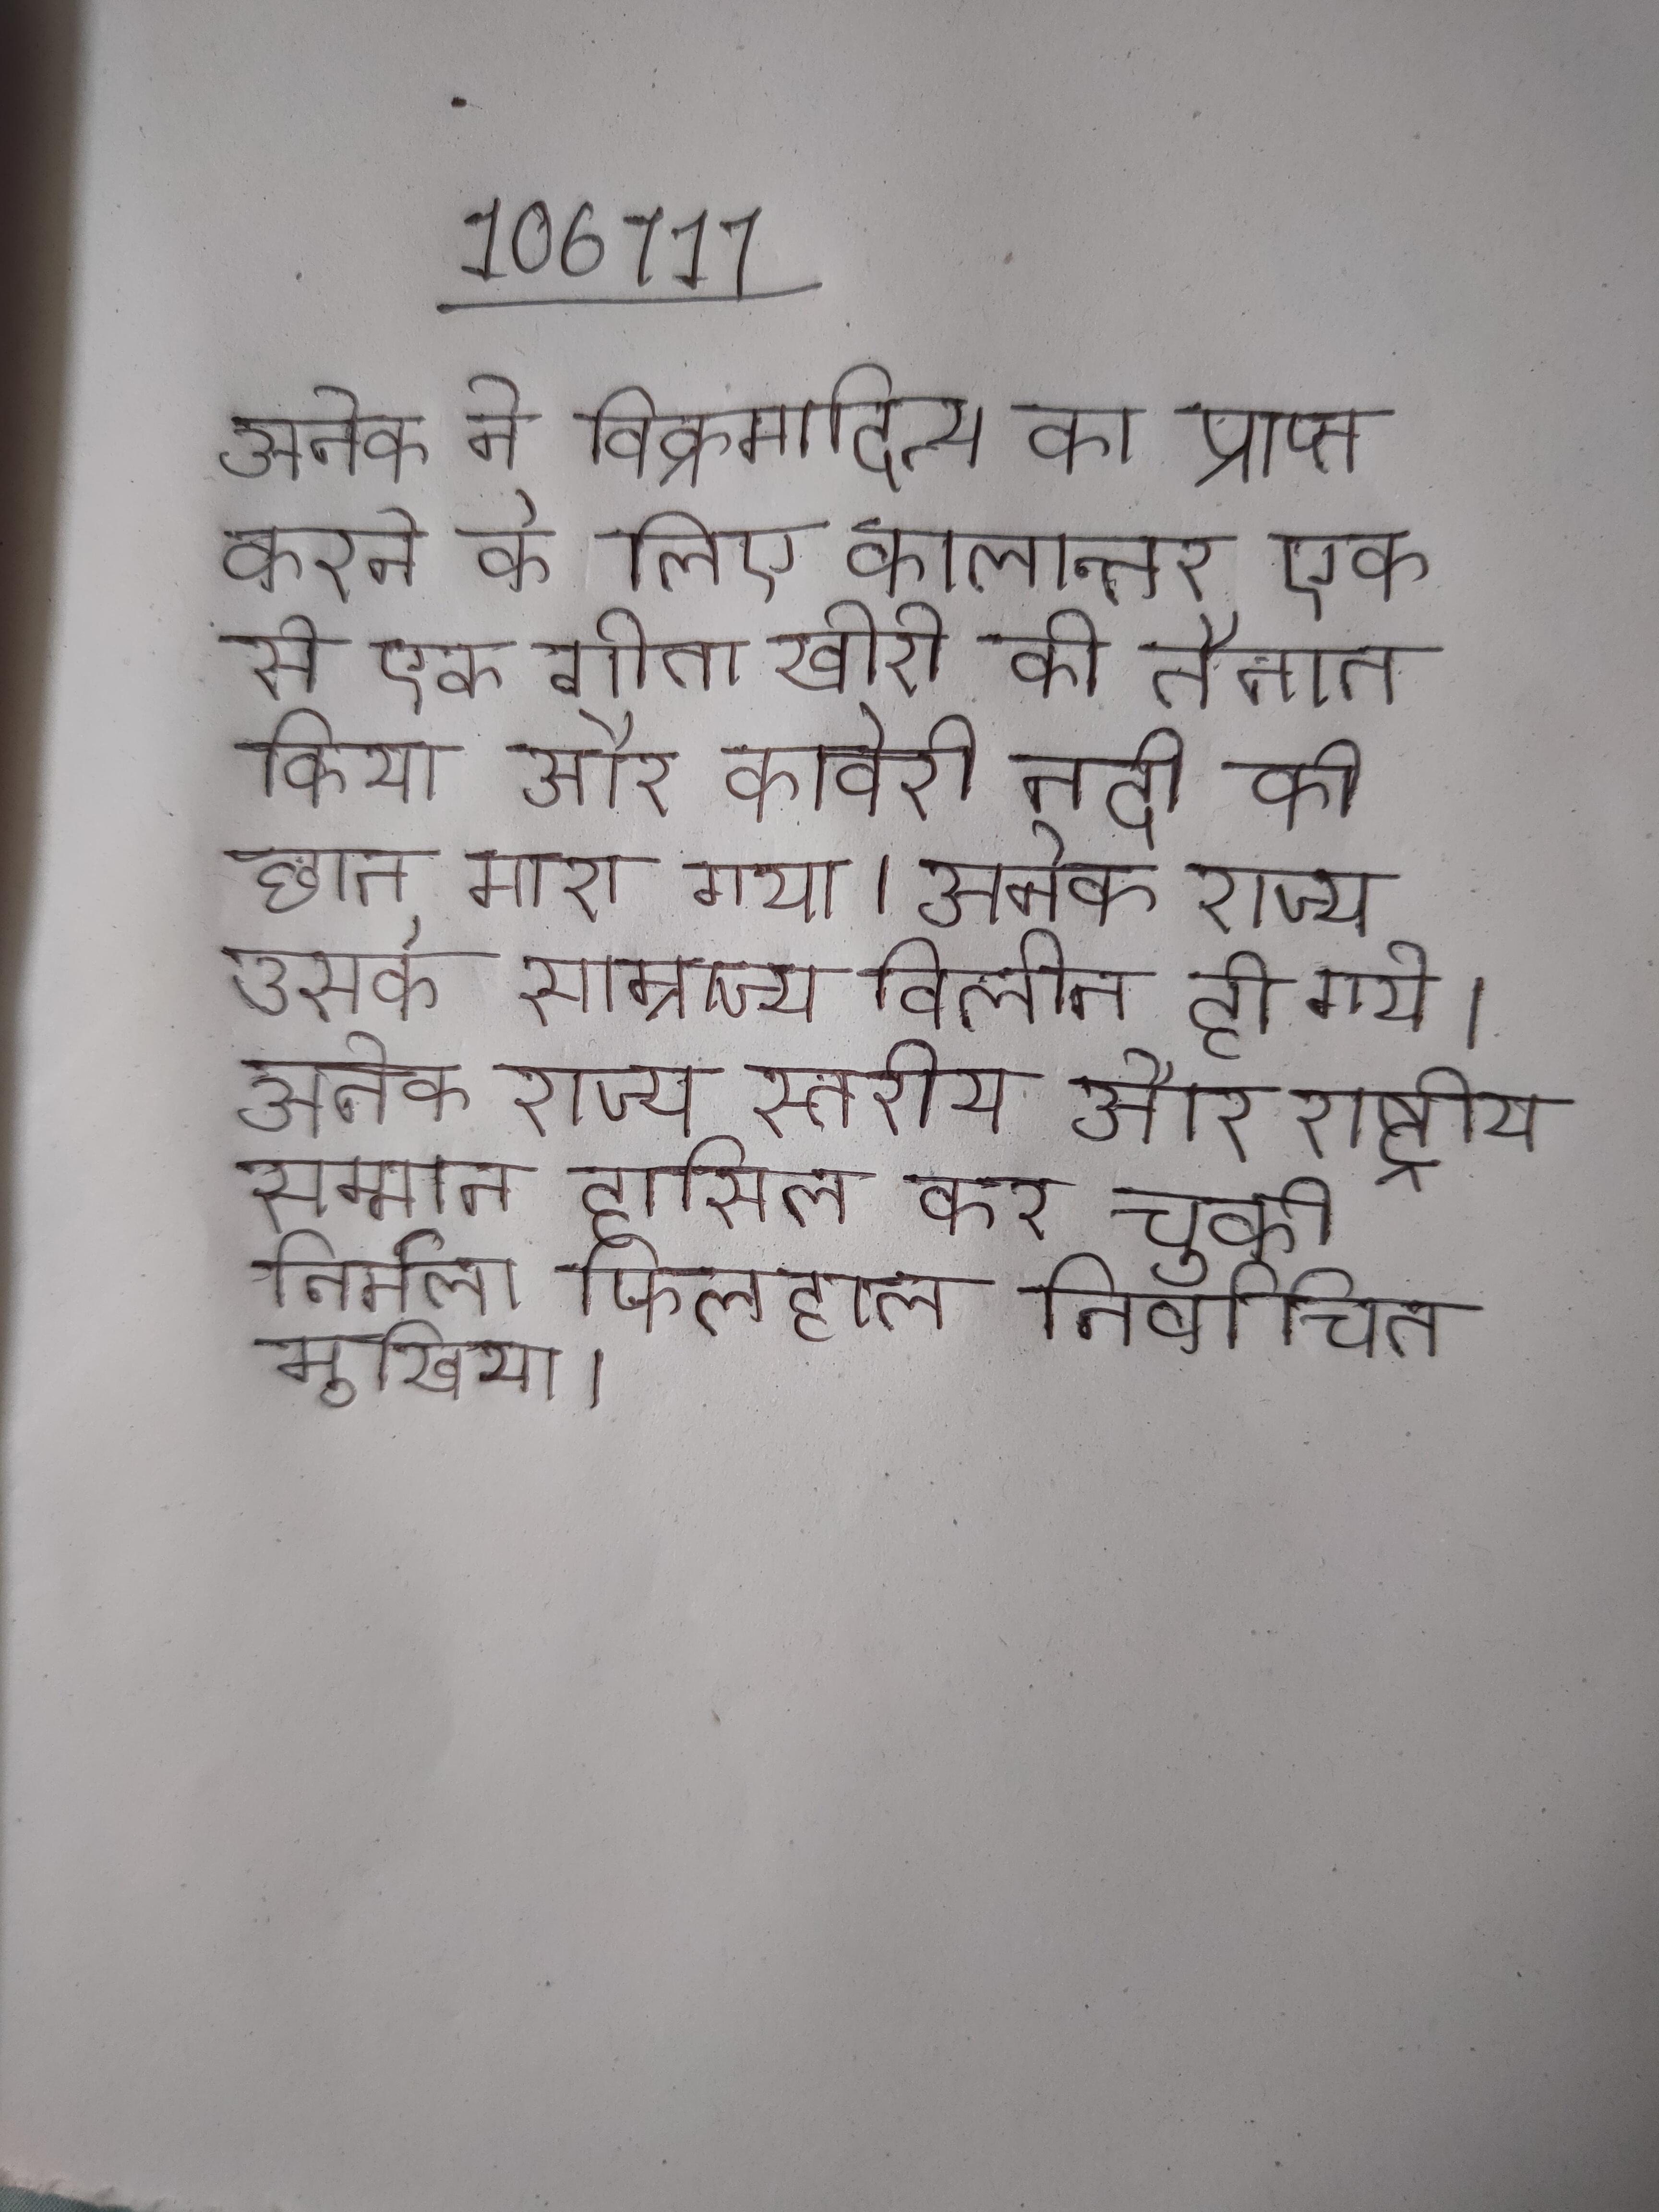
अनेक ने विक्रमादित्य का प्राप्त करने के लिए कालान्तर एक से एक गोता खोरो को तैनात किया और कावेरी नदी को छान मारा गया । अनेक राज्य उसके साम्राज्य विलीन हो गये । अनेक राज्य स्तरीय और राष्ट्रीय सम्मान हासिल कर चुकी निर्मला फिलहाल निर्वाचित मुखिया ।